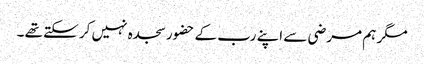
مگر ہم مرضی سے اپنے رب کے حضور سجدہ نہیں کر سکتے تھے ۔